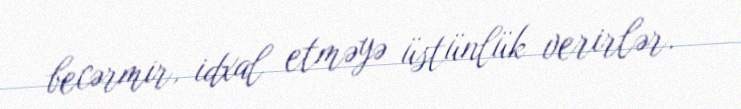
becərmir, idxal etməyə üstünlük verirlər.